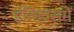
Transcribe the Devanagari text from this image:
ईतिहासमें